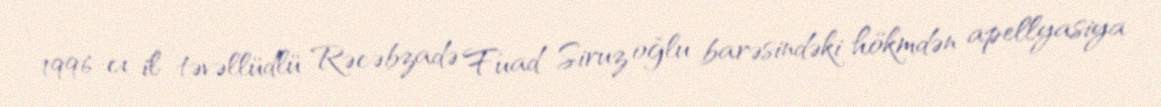
1996-cı il təvəllüdlü Rəcəbzadə Fuad Siruz oğlu barəsindəki hökmdən apellyasiya